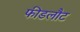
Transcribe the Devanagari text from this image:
फीडलौट